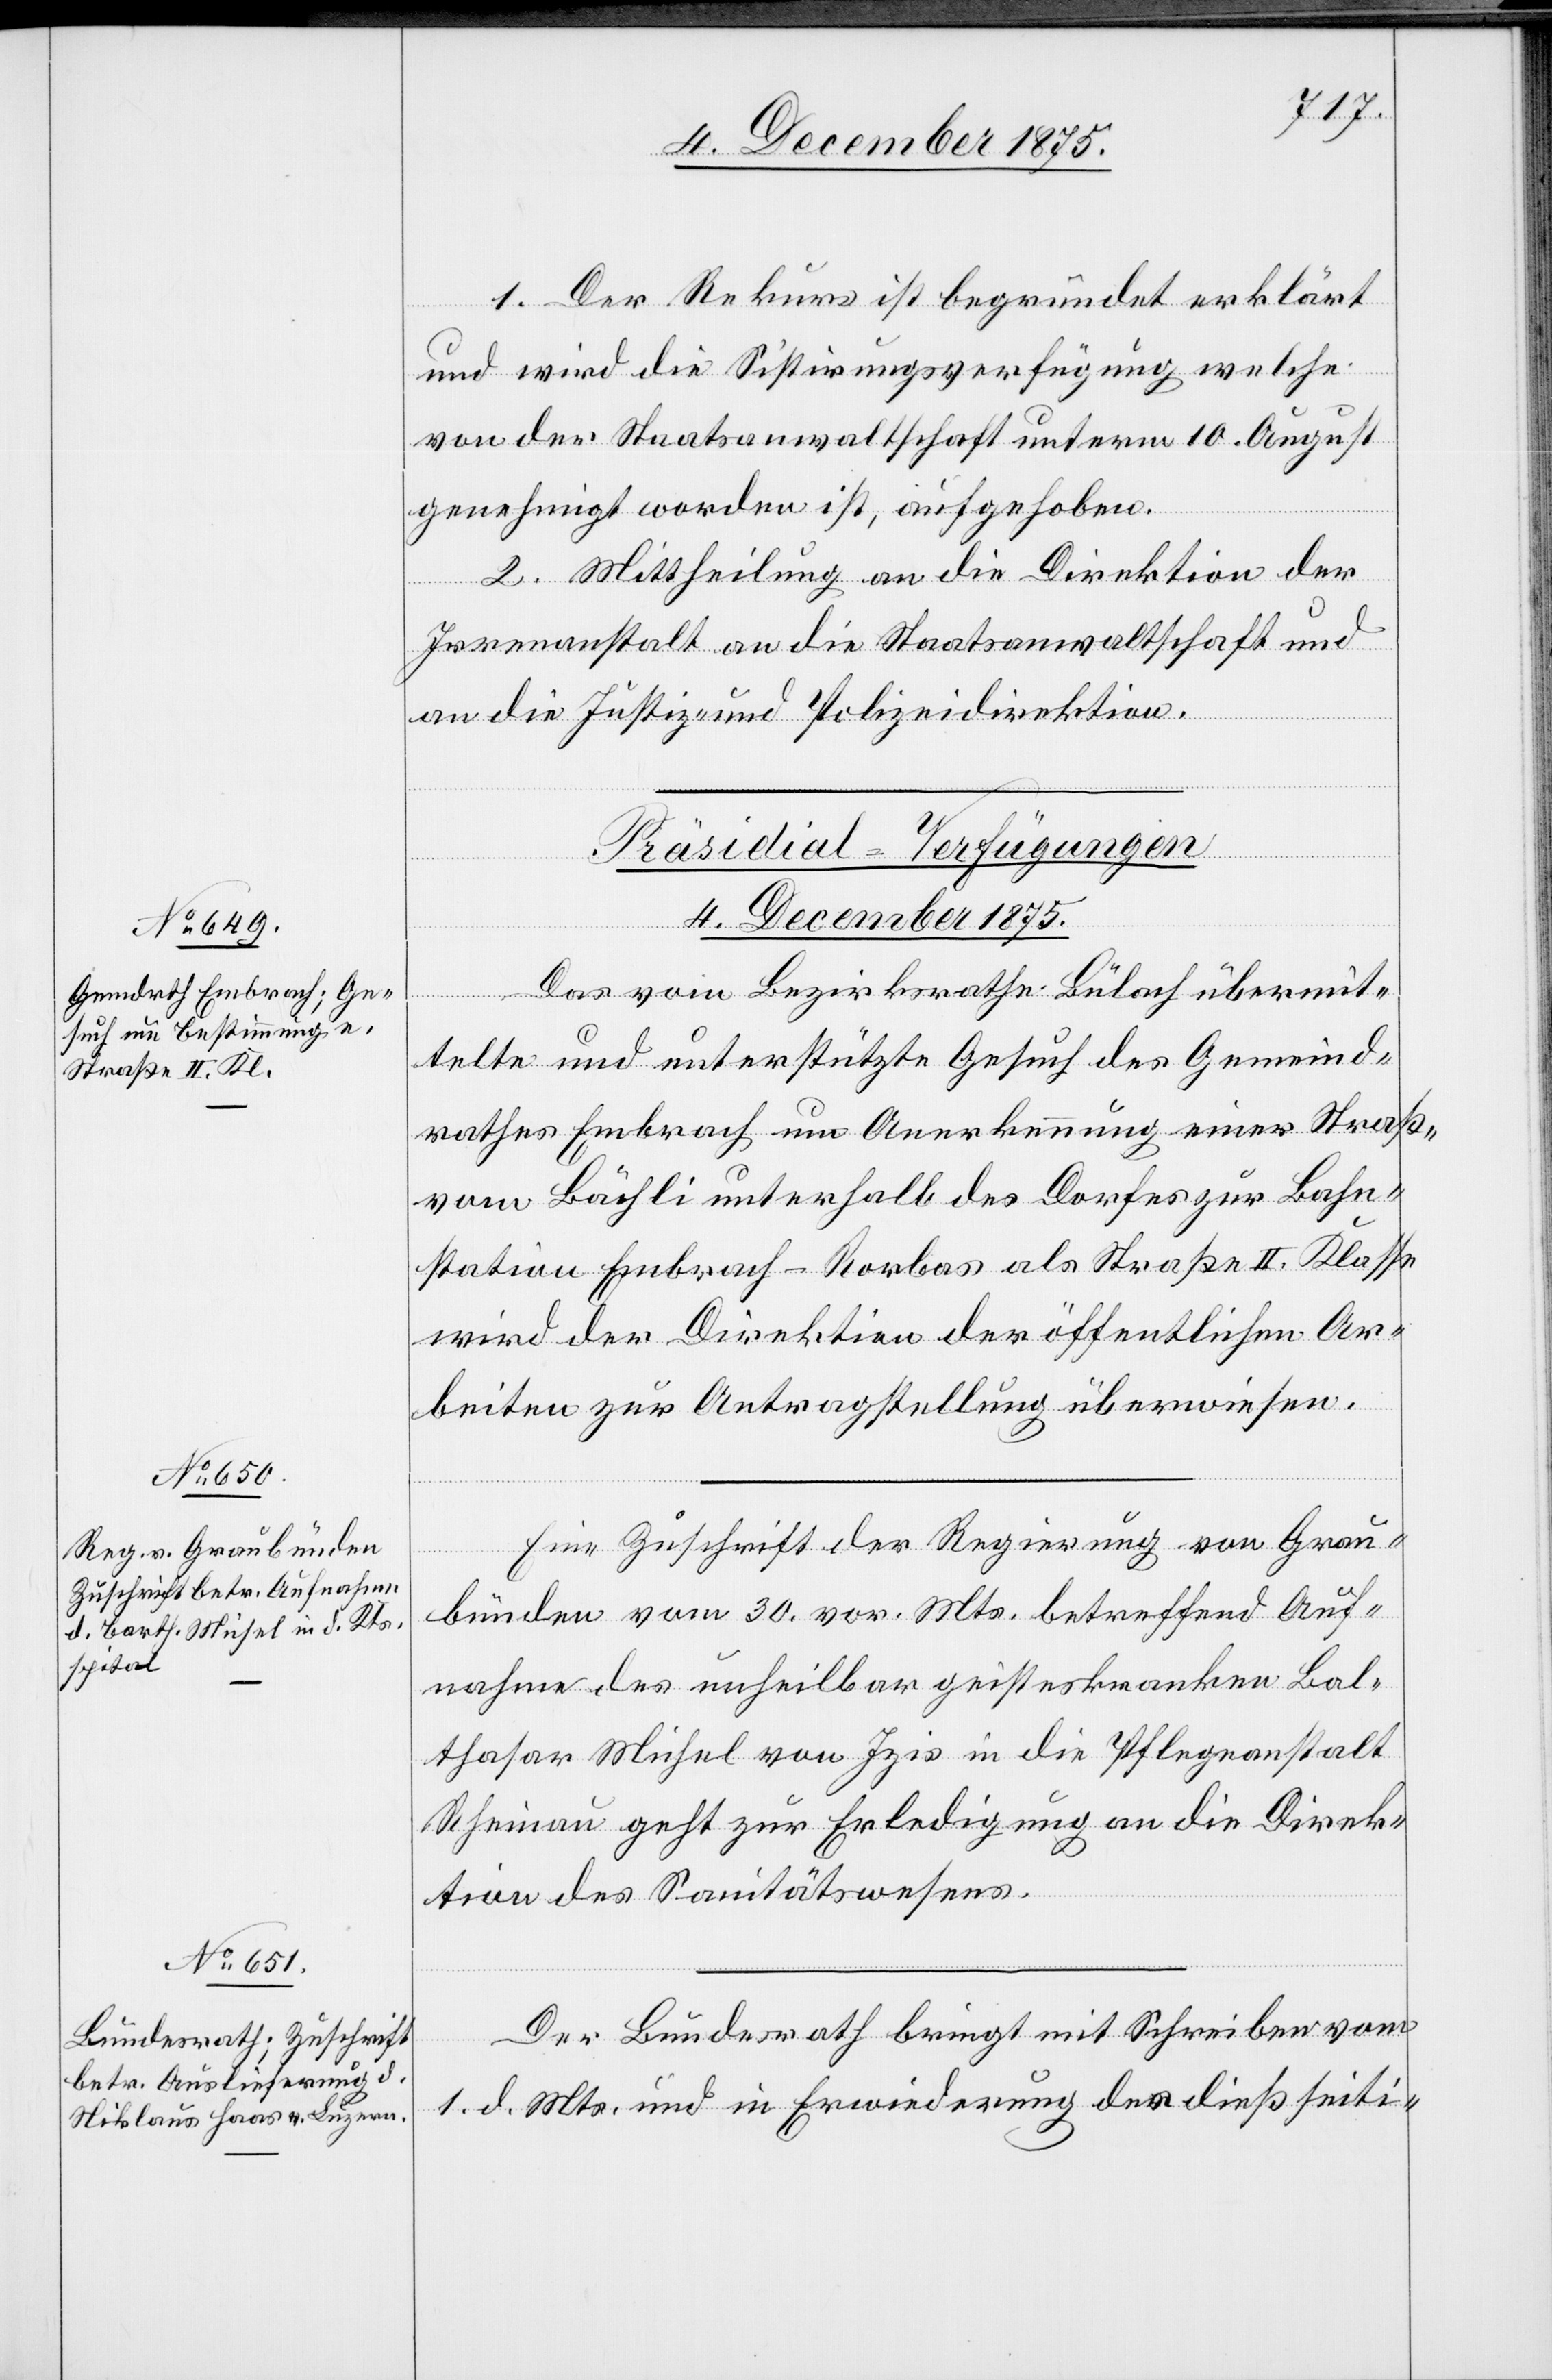
1. Der Rekurs ist begründet erklärt
und wird die Sistirungsverfügung welche
von der Staatsanwaltschaft unterm 10. August
genehmigt worden ist, aufgehoben.
2. Mittheilung an die Direktion der
Irrenanstalt an die Staatsanwaltschaft und
an die Justiz- und Polizeidirektion.
[Präsidial-Verfügungen
4. December 1875.]
Das vom Bezirksrathe Bülach übermit¬
telte und unterstützte Gesuch des Gemeind¬
rathes Embrach um Anerkennung einer Straße
vom Bächli unterhalb des Dorfes zur Bahn¬
station Embrach-Rorbas als Straße II. Klasse
wird der Direktion der öffentlichen Ar¬
beiten zur Antragstellung überwiesen.
Eine Zuschrift der Regierung von Grau¬
bünden vom 30. vor. Mts. betreffend Auf¬
nahme des Unheilbar geisteskranken Bal¬
thasar Muhel von Izis in die Pflegeanstalt
Rheinau geht zur Erledigung an die Direk¬
tion des Sanitätswesens.
Der Bundesrath bringt mit Schreiben vom
1. d. Mts und in Erweiterung des dießseiti-